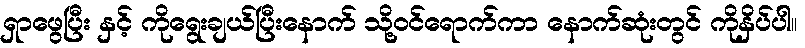
ရှာဖွေပြီး နှင့် ကိုရွေးချယ်ပြီးနောက် သို့ဝင်ရောက်ကာ နောက်ဆုံးတွင် ကိုနှိပ်ပါ။